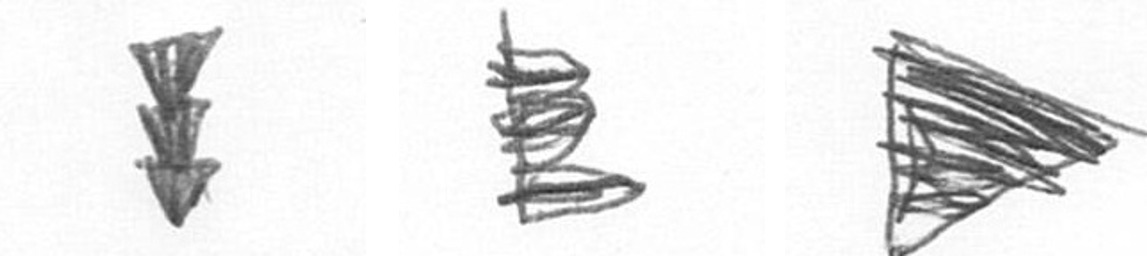
E H T